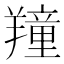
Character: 𦏆